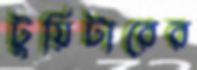
টুয়িটারের